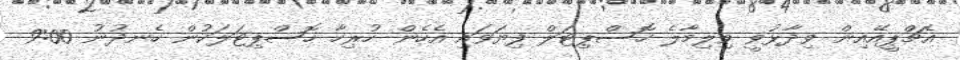
އެޗްޕީއޭއިން ވިދާޅުވީ ވިލިމާލެ ހޮސްޕިޓަލް ފިޔަވައި އެހެން ހުރިހާ ހޮސްޕިޓަލަކުން ހެނދުނު 9:00